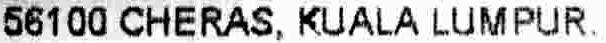
56100 CHERAS, KUALA LUMPUR.